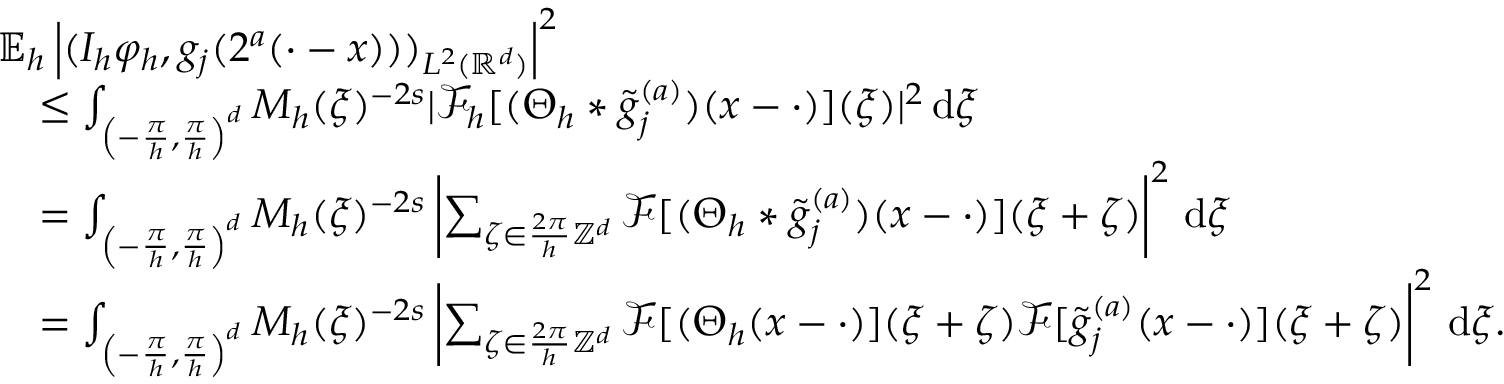
\begin{array} { r l } & { \mathbb { E } _ { h } \left| ( I _ { h } \varphi _ { h } , g _ { j } ( 2 ^ { a } ( \cdot - x ) ) ) _ { L ^ { 2 } ( \mathbb { R } ^ { d } ) } \right| ^ { 2 } } \\ & { \quad \le \int _ { \left( - \frac { \pi } { h } , \frac { \pi } { h } \right) ^ { d } } M _ { h } ( \xi ) ^ { - 2 s } | \mathcal { F } _ { h } [ ( \Theta _ { h } * \tilde { g } _ { j } ^ { ( a ) } ) ( x - \cdot ) ] ( \xi ) | ^ { 2 } \, \mathrm { d } \xi } \\ & { \quad = \int _ { \left( - \frac { \pi } { h } , \frac { \pi } { h } \right) ^ { d } } M _ { h } ( \xi ) ^ { - 2 s } \left| \sum _ { \zeta \in \frac { 2 \pi } { h } \mathbb { Z } ^ { d } } \mathcal { F } [ ( \Theta _ { h } * \tilde { g } _ { j } ^ { ( a ) } ) ( x - \cdot ) ] ( \xi + \zeta ) \right| ^ { 2 } \, \mathrm { d } \xi } \\ & { \quad = \int _ { \left( - \frac { \pi } { h } , \frac { \pi } { h } \right) ^ { d } } M _ { h } ( \xi ) ^ { - 2 s } \left| \sum _ { \zeta \in \frac { 2 \pi } { h } \mathbb { Z } ^ { d } } \mathcal { F } [ ( \Theta _ { h } ( x - \cdot ) ] ( \xi + \zeta ) \mathcal { F } [ \tilde { g } _ { j } ^ { ( a ) } ( x - \cdot ) ] ( \xi + \zeta ) \right| ^ { 2 } \, \mathrm { d } \xi . } \end{array}